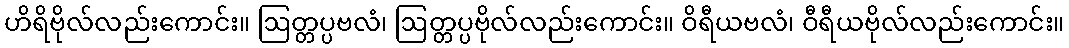
ဟိရိဗိုလ်လည်းကောင်း။ ဩတ္တပ္ပဗလံ၊ ဩတ္တပ္ပဗိုလ်လည်းကောင်း။ ဝိရီယဗလံ၊ ဝီရီယဗိုလ်လည်းကောင်း။